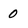
Character: 0